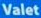
Valet